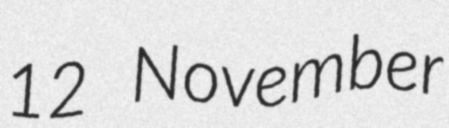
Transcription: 12 November